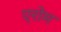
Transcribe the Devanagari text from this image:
एरोम